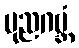
ပုညဂဗ္ဘံ